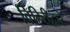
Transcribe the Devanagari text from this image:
विहिरीद्वारे